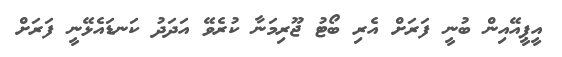
އީޕީއޭއިން ބުނީ ފަރަށް އެރި ބޯޓު ޖޫރިމަނާ ކުރެވޭ އަދަދު ކަނޑައެޅޭނީ ފަރަށް